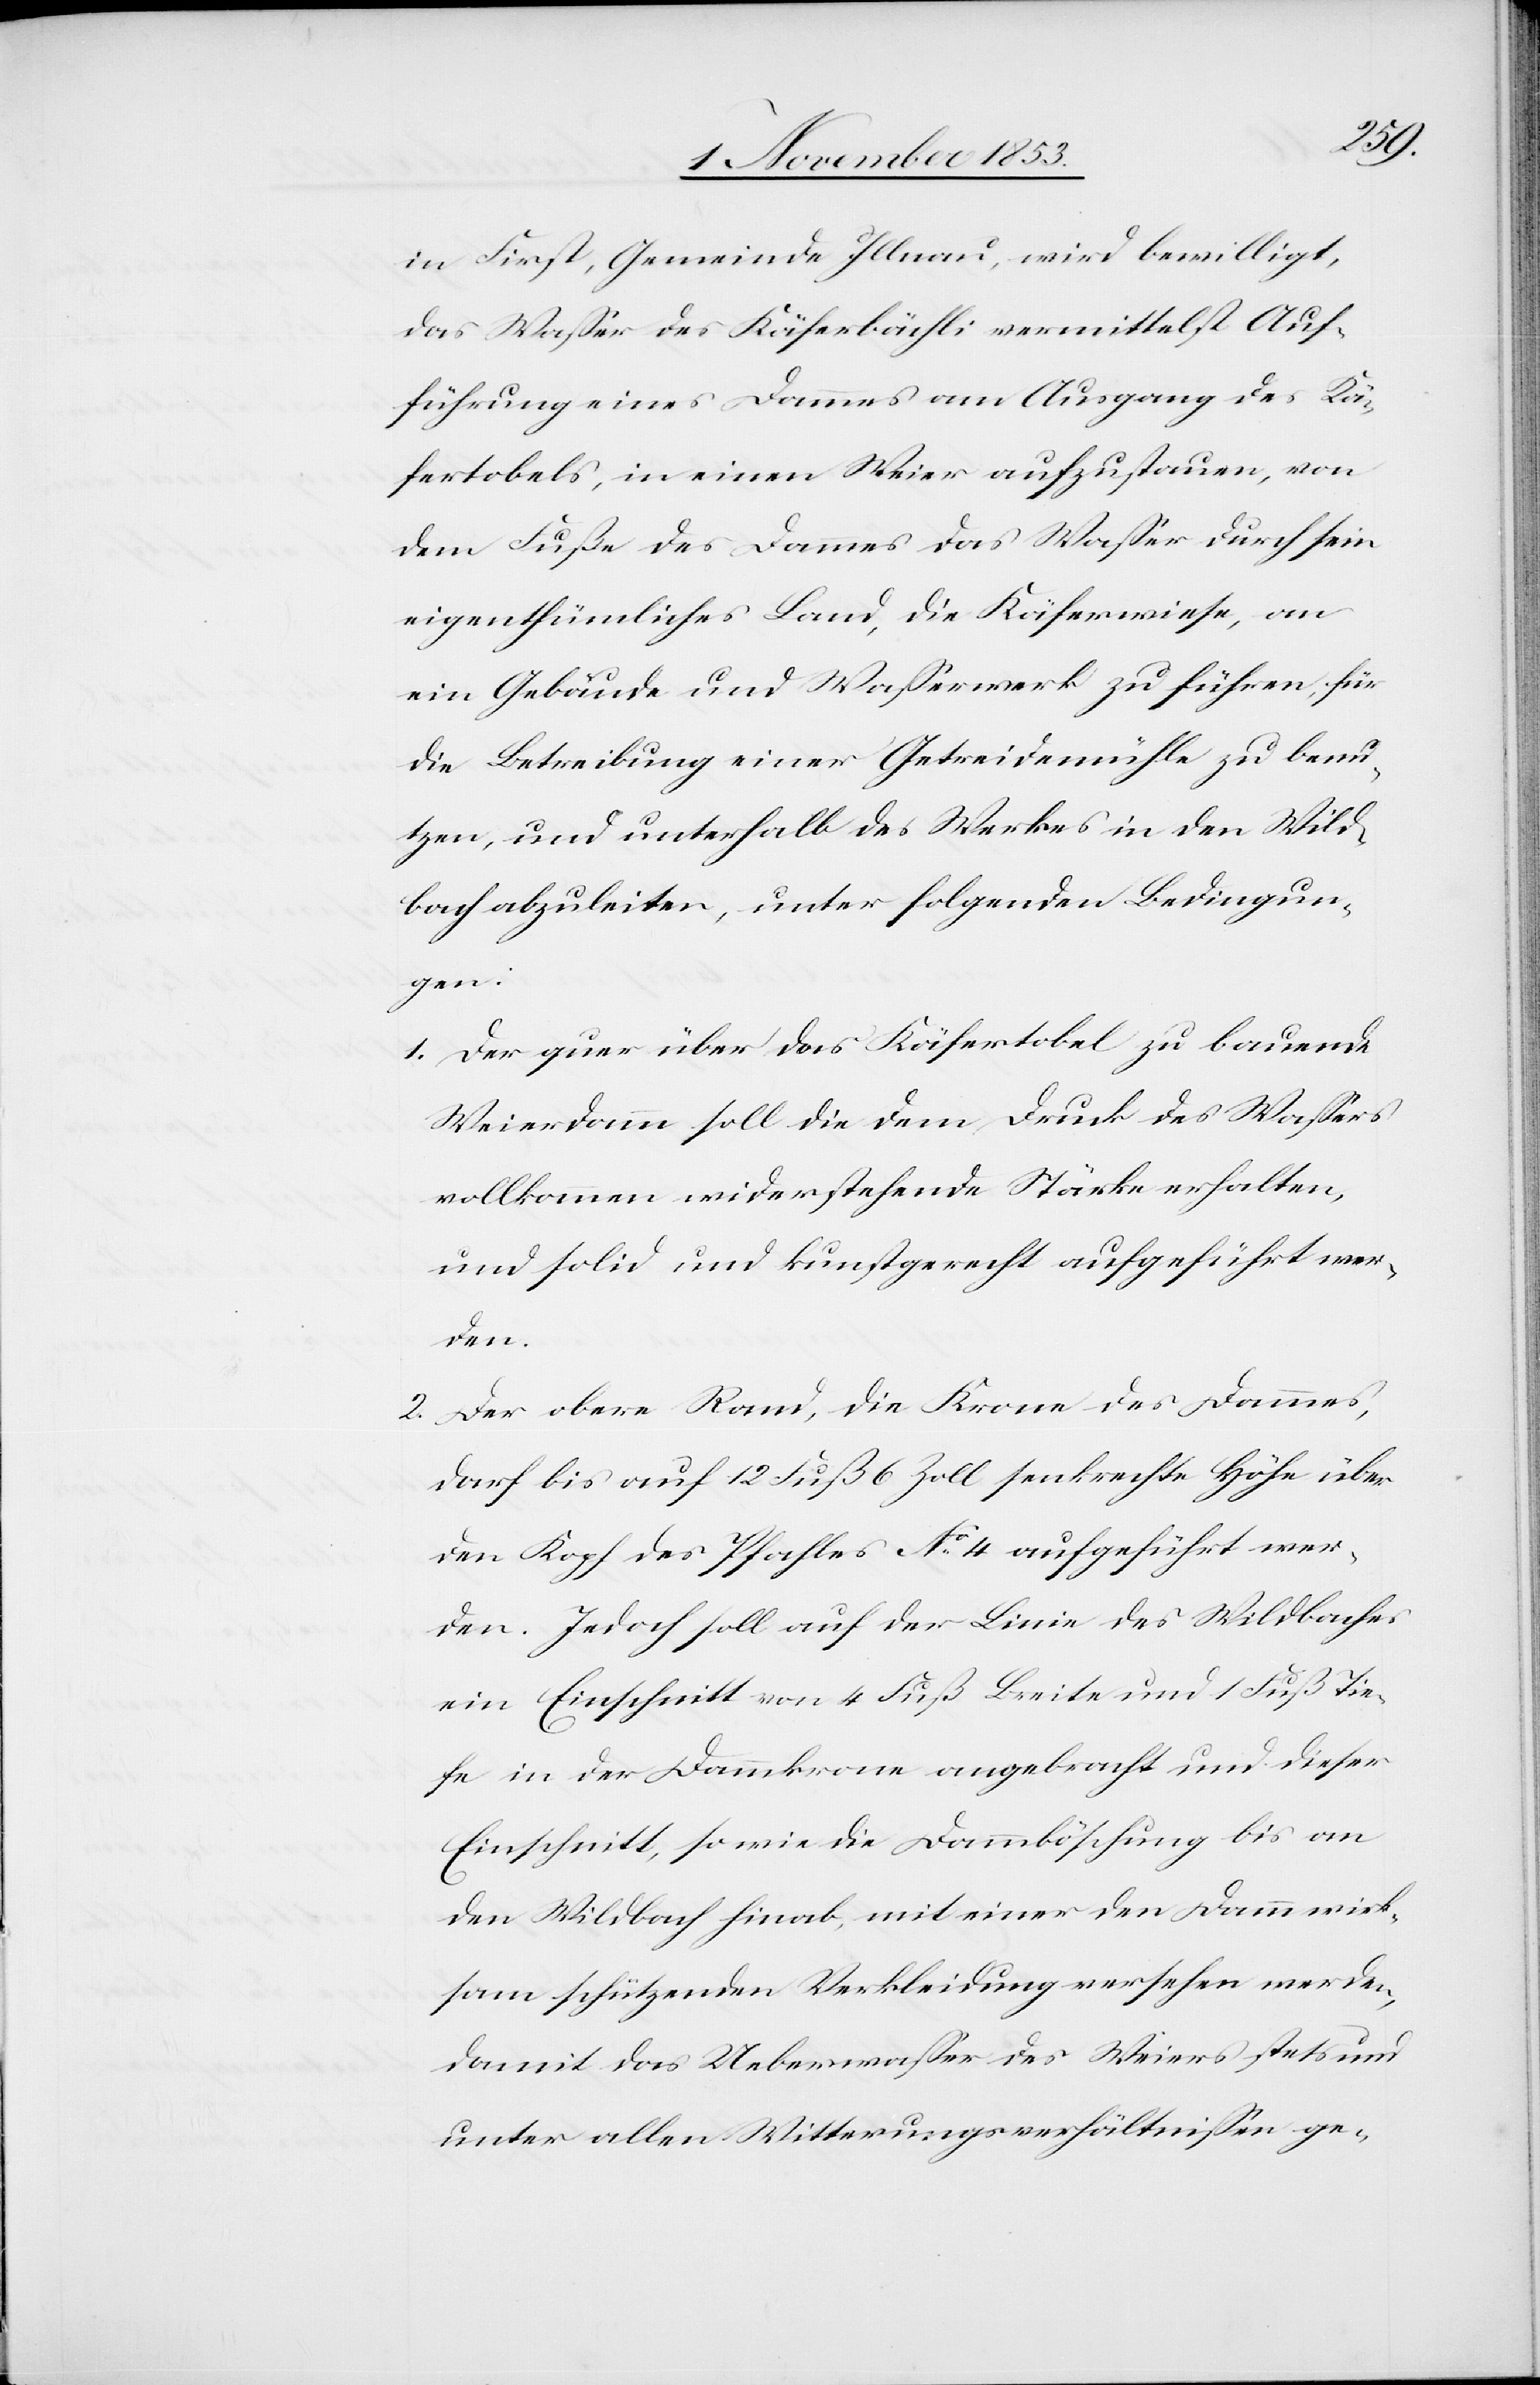
in First, Gemeinde Illnau, wird bewilligt,
das Waßer des Käserbächli vermittelst Auf¬
führung eines Dammes am Ausgang des Kä¬
sertobels, in einem Weier aufzustauen, von
dem Fuße des Dammes das Waßer durch sein
eigenthümliches Land, die Käserwiese, an
ein Gebäude und Waßerwerk zu führen, für
die Betreibung einer Getreidemühle zu benu¬
tzen, und unterhalb des Werkes in den Wild¬
bach abzuleiten, unter folgenden Bedingun¬
gen:
1. Der quer über das Käsertobel zu bauende
Weierdamm soll die dem Druck des Waßers
vollkommen widerstehende Stärke erhalten,
und solid und kunstgerecht aufgeführt wer¬
den.
2. Der obere Rand, die Krone des Dammes,
darf bis auf 12 Fuß 6 Zoll senkrechte Höhe über
den Kopf des Pfahles N° 4 aufgeführt wer¬
den. Jedoch soll auf der Linie des Wildbaches
ein Einschnitt von 4 Fuß Breite und 1 Fuß Tie¬
fe in der Dammkrone angebracht und dieser
Einschnitt, sowie die Dammböschung bis an
den Wildbach hinab, mit einer den Damm wirk¬
sam schützenden Verkleidung versehen werden,
damit das Ueberwaßer des Weiers stets und
unter allen Witterungsverhältnißen ge-